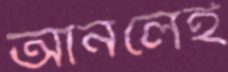
আনলেই